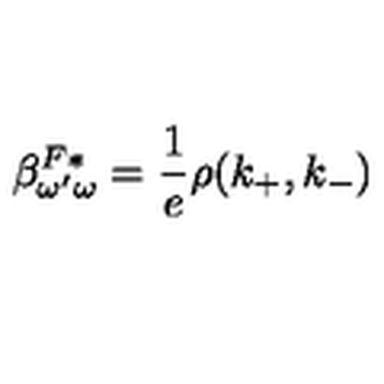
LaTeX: \beta _ { \omega ^ { \prime } \omega } ^ { F * } = \frac 1 e \rho ( k _ { + } , k _ { - } )